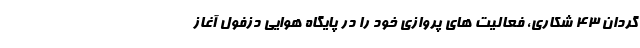
گردان 43 شكاري، فعاليت هاي پروازي خود را در پايگاه هوايي دزفول آغاز